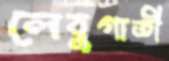
লেবুগাতী